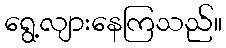
ရွေ့လျားနေကြသည်။